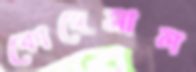
কোদেসাল